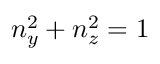
n _ { y } ^ { 2 } + n _ { z } ^ { 2 } = 1